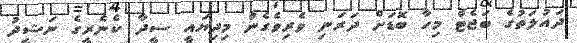
ދައުލަތުގެ ބަޖެޓް މިހާ ބޮޑަށް ދަރަނި ވެރިވެގެން މިދިޔައީ ސީދާ ކެނެރީގެ ނަޝީދު